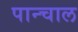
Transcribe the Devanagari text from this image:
पान्चाल